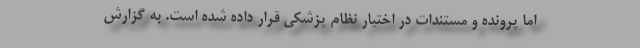
اما پرونده و مستندات در اختیار نظام پزشکی قرار داده شده است. به گزارش